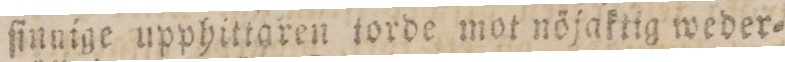
ſinnige upphittaren torde mot nöjaktig weder=